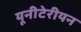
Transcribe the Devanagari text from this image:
यूनीटेरीयन